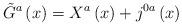
LaTeX: \begin{align*}\tilde{G}^{a}\left( x\right) =X^{a}\left( x\right) +j^{0a}\left(x\right) \end{align*}